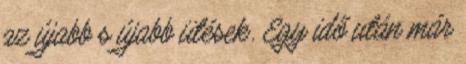
az újabb s újabb ütések. Egy idő után már